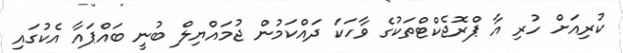
ކުރިއަށް ހުރި އާ ޕްރޮޖެކްޓްތަކުގެ ވާހަކަ ދައްކަމުން ޖުމައްޔިލް ބުނީ ބައްޕައާ އެކުގައި